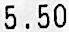
5.50